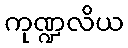
ကုဏ္ဍလိယ